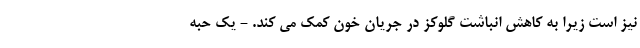
نیز است زیرا به کاهش انباشت گلوکز در جریان خون کمک می کند. - یک حبه